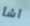
أشأ